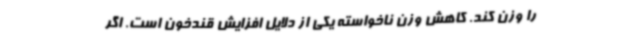
را وزن کند. کاهش وزن ناخواسته یکی از دلایل افزایش قندخون است. اگر